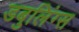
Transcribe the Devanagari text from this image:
डबुलिंग्स